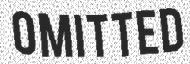
OMITTED